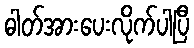
ဓါတ်အားပေးလိုက်ပါပြီ